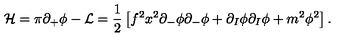
{ \cal { H } } = \pi \partial _ { + } \phi - { \cal { L } } = { \frac { 1 } { 2 } } \left[ f ^ { 2 } x ^ { 2 } \partial _ { - } \phi \partial _ { - } \phi + \partial _ { I } \phi \partial _ { I } \phi + m ^ { 2 } \phi ^ { 2 } \right] .